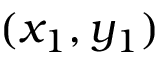
( x _ { 1 } , y _ { 1 } )